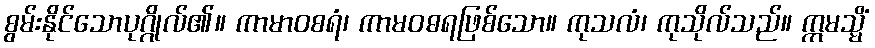
စွမ်းနိုင်သောပုဂ္ဂိုလ်၏။ ကာမာဝစရံ၊ ကာမဝဓရဖြစ်သော။ ကုသလံ၊ ကုသိုလ်သည်။ ဣမသ္မိံ